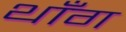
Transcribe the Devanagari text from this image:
थाँग